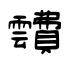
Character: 靅